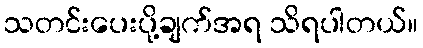
သတင်းပေးပို့ချက်အရ သိရပါတယ်။